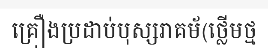
គ្រឿងប្រដាប់បុស្សរាគម័(ថ្លើមថ្ម